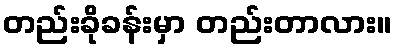
တည်းခိုခန်းမှာ တည်းတာလား။